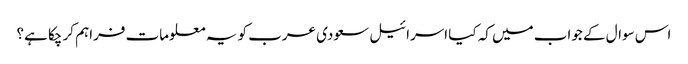
اس سوال کے جواب میں کہ کیا اسرائیل سعودی عرب کو یہ معلومات فراہم کر چکا ہے؟